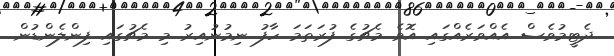
ދެޓީމުވެސް އެއްވަރެއްގައި އޮވެ މެޗުގެ ފުރަތަމަ ހާފު ނިމުނުއިރު މި މެޗުގައި ފިންލެންޑުން